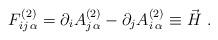
LaTeX: \begin{align*}F^{(2 ) }_{ij \,\alpha } = \partial_i A^{(2 ) }_{j \, \alpha} -\partial_j A^{(2 ) }_{i \, \alpha} \equiv \vec H \ .\end{align*}